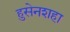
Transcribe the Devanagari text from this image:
हुसेनशहा